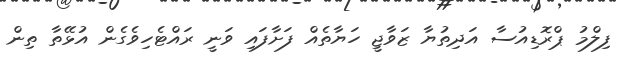
ފިލްމު ޕްރޮޑިއުސާ އަދިތުޔާ ޒަވާޖީ ހަޔާތެއް ފަށާފައި ވަނީ ރައްޓެހިވެގެން އުޅޭތާ ތިން